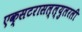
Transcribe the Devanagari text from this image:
एक्सटरासल्ल्युलरली